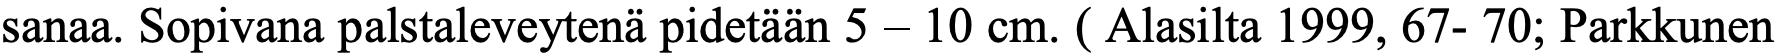
sanaa. Sopivana palstaleveytenä pidetään 5 – 10 cm. ( Alasilta 1999, 67- 70; Parkkunen